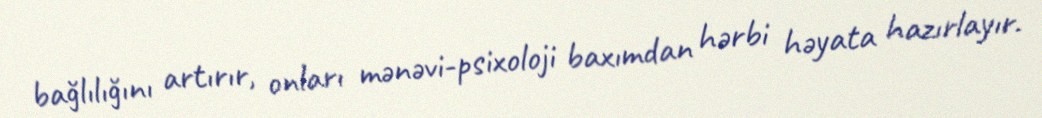
bağlılığını artırır, onları mənəvi-psixoloji baxımdan hərbi həyata hazırlayır.